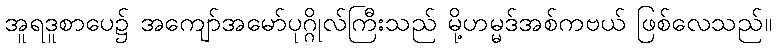
အူရဒူစာပေ၌ အကျော်အမော်ပုဂ္ဂိုလ်ကြီးသည် မို့ဟမ္မဒ်အစ်ကဗယ် ဖြစ်လေသည်။